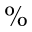
\%